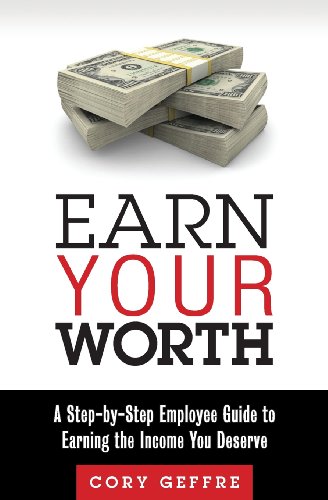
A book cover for EARN Your Worth: A Step-by-Step Employee Guide to Earning the Income You Deserve; Cory Geffre; Business & Money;